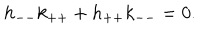
LaTeX: h _ { -- } k _ { + + } + h _ { + + } k _ { -- } = 0 .